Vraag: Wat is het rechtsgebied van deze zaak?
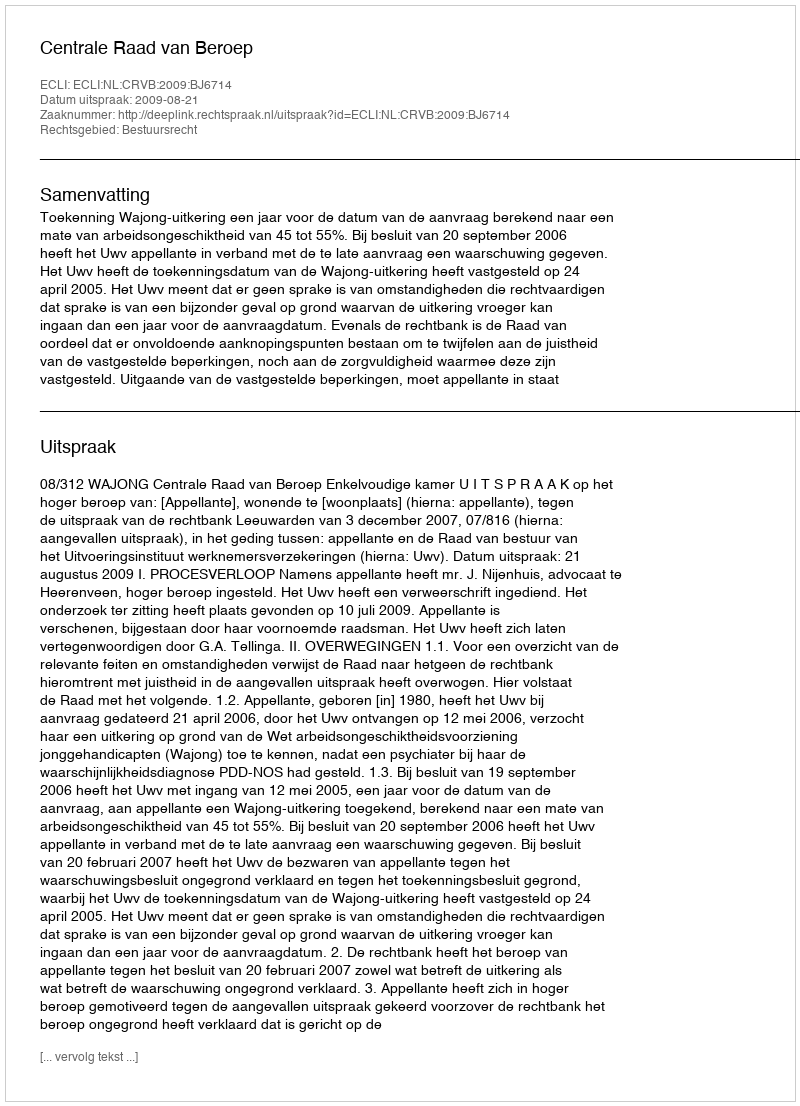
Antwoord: Bestuursrecht